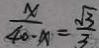
\frac { x } { 4 0 - x } = \frac { \sqrt { 3 } } { 3 }